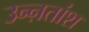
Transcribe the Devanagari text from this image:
उन्ऩतांश